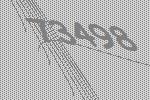
73498